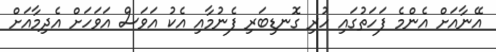
އޭނާއަށް އެންމެ ފަހަތުގައި ހުރި ގޮނޑިބަރި ފެނުމާއި އެކު އަވަސް އަވަހަށް އެދިމާއަށް